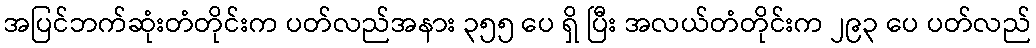
အပြင်ဘက်ဆုံးတံတိုင်းက ပတ်လည်အနား ၃၅၅ ပေ ရှိ ပြီး အလယ်တံတိုင်းက ၂၉၃ ပေ ပတ်လည်